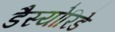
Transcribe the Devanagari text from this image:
डैस्योरिडे